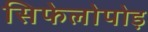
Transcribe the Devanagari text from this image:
सिफेलोपोड़